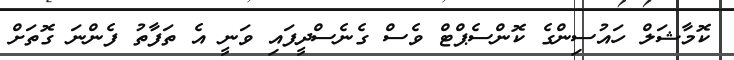
ކޮމާޝަލް ހައުސިންގެ ކޮންސެޕްޓް ވެސް ގެނެސްދީފައި ވަނީ އެ ތަފާތު ފެންނަ ގޮތަށް